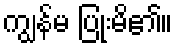
ကျွန်မ ပြုံးမိ၏။